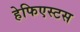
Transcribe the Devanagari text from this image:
हेफिएस्टस